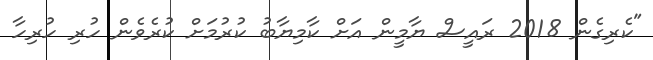
"ކެރިގެން 2018 ރައީސް ޔާމީން އަށް ކާމިޔާބު ކުރުމަށް ކުރެވެން ހުރި ހުރިހާ